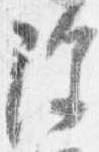
除